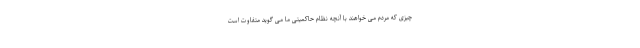
چیزی که مردم می خواهند با آنچه نظام حاکمیتی ما می گوید متفاوت است